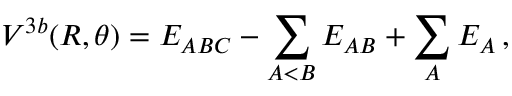
V ^ { 3 b } ( R , \theta ) = E _ { A B C } - \sum _ { A < B } E _ { A B } + \sum _ { A } E _ { A } \, ,